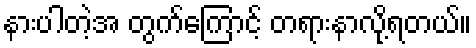
နားပါတဲ့အ တွက်ကြောင့် တရားနာလို့ရတယ်။